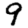
Digit: 9